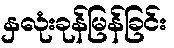
နှလုံးခုန်မြန်ခြင်း